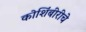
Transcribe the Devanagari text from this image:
कोशिंबीरीचे